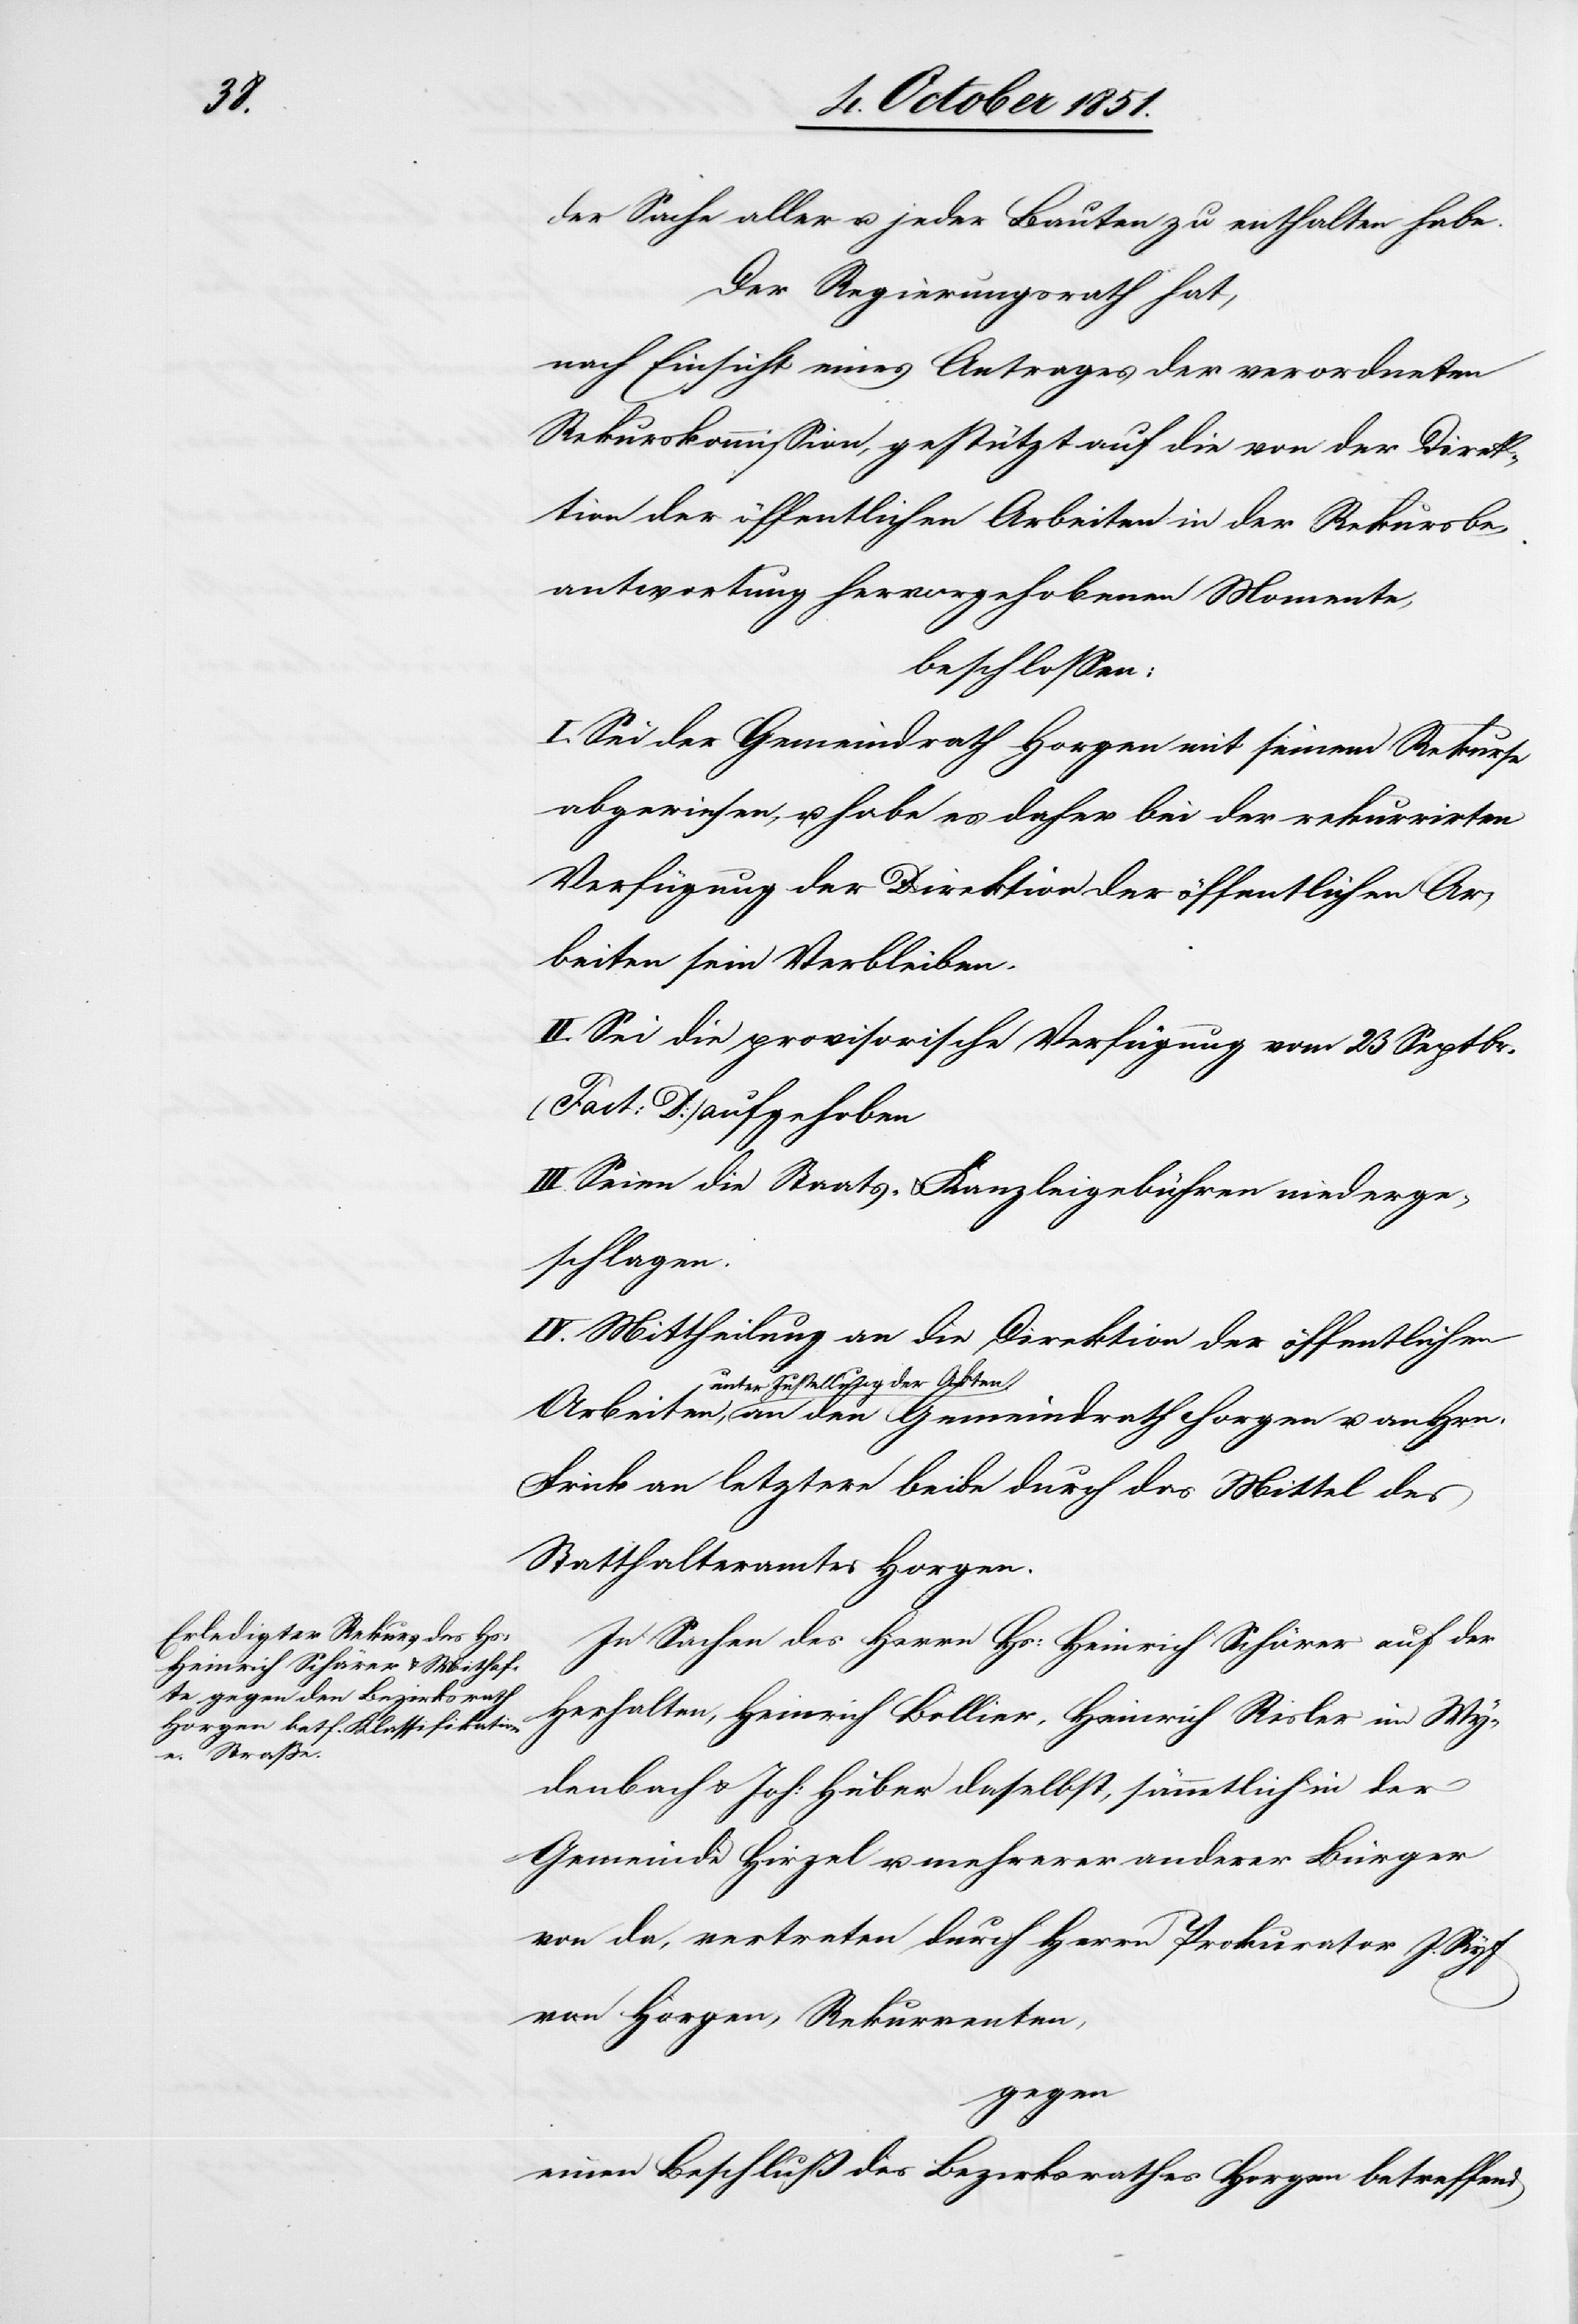
der Sache aller u. jeder Bauten zu enthalten habe.
Der Regierungsrath hat,
nach Einsicht eines Antrages der verordneten
Rekurskommission, gestützt auf die von der Direk¬
tion der öffentlichen Arbeiten in der Rekursbe¬
antwortung hervorgehobenen Momente,
beschlossen:
I. Sei der Gemeindrath Horgen mit seinem Rekurse
abgewiesen, u. habe es daher bei der rekurrirten
Verfügung der Direktion der öffentlichen Ar¬
beiten sein Verbleiben.
II. Sei die provisorische Verfügung vom 23 Septbr.
(Fact: D.) aufgehoben
III. Seien die Staats- & Kanzleigebühren niederge¬
schlagen.
IV. Mittheilung an die Direktion der öffentlichen
unter Zustellung der Akt¬
en an den Gemeindrath Horgen u. an Hrn.
Frick an letztere beide durch das Mittel des
Statthalteramtes Horgen.
In Sachen des Herrn Hs: Heinrich Schärer auf der
Herhalten, Heinrich Bollier, Heinrich Risler im Wy¬
denbach & Joh: Huber daselbst, sämmtlich in der
Gemeinde Hirzel u. mehrerer anderer Bürger
von da, vertreten durch Herrn Prokurator J. Ryf
von Horgen, Rekurrenten,
gegen
einen Beschluß des Bezirksrathes Horgen betreffend